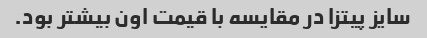
سایز پیتزا در مقایسه با قیمت اون بیشتر بود.